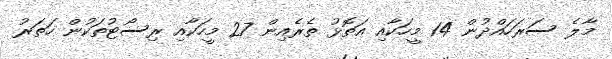
މާލެ ސަރަހައްދުން 14 މީހަކާއި އަތޮޅު ތެރެއިން 27 މީހަކާއި ރިސޯޓުތަކުން ހަތަރު